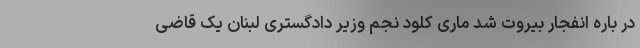
در باره انفجار بیروت شد ماری کلود نجم وزیر دادگستری لبنان یک قاضی